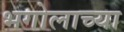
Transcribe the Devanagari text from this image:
भगोलाच्या